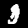
Digit: 3